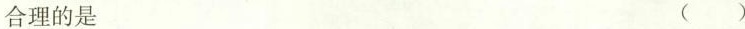
合理的是 ( )